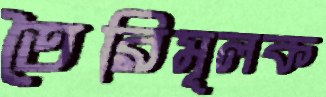
তৈরিমূলক